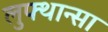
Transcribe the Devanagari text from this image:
लुफ्थान्सा